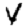
Digit: 4